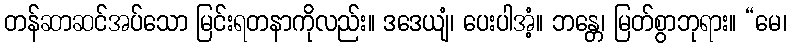
တန်ဆာဆင်အပ်သော မြင်းရတနာကိုလည်း။ ဒဒေယျံ၊ ပေးပါအံ့။ ဘန္တေ၊ မြတ်စွာဘုရား။ “မေ၊